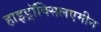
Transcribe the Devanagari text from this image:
हाइड्राॅक्सिलएमीन